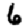
Digit: 6